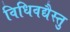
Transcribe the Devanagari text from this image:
विधिवद्यैस्तु